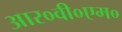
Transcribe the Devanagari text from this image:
आर०वी०एम०